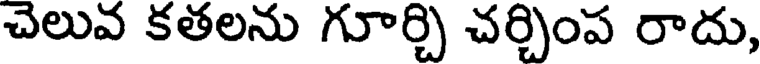
చెలువ కతలను గూర్చి చర్చింప రాదు,